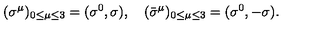
( { \sigma } ^ { \mu } ) _ { 0 \le \mu \le 3 } = ( \sigma ^ { 0 } , \mathrm { \boldmath \sigma } ) , \quad ( { \bar { \sigma } } ^ { \mu } ) _ { 0 \le \mu \le 3 } = ( \sigma ^ { 0 } , - \mathrm { \boldmath \sigma } ) .